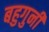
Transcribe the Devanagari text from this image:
बहुगुनी